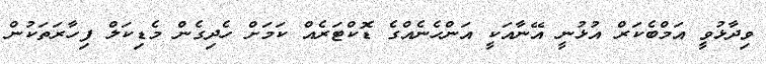
ވިދާޅުވީ އަމްބެކަރް އުޅުނީ އޭނާއަކީ އަންހެނެއްގެ ޑޮކްޓަރެއް ކަމަށް ހެދިގެން މެޑިކަލް ފިހާރަތަކުން